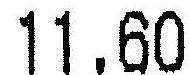
11.60